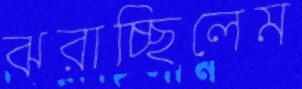
ঝরাচ্ছিলেম